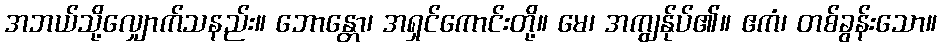
အဘယ်သို့လျှောက်သနည်း။ ဘောန္တော၊ အရှင်ကောင်းတို့။ မေ၊ အကျွန်ုပ်၏။ ဧကံ၊ တစ်ခွန်းသော။